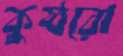
কুষ্ঠরো